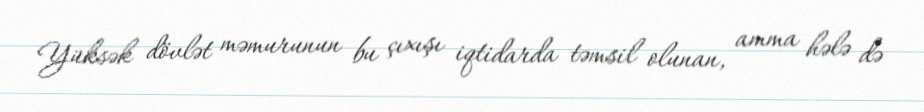
Yüksək dövlət məmurunun bu çıxışı iqtidarda təmsil olunan, amma hələ də